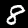
Digit: 8